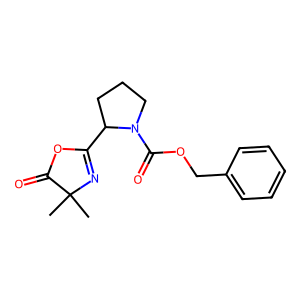
SMILES: CC1(C)N=C(C2CCCN2C(=O)OCc2ccccc2)OC1=O
Inhibits HIV replication: No